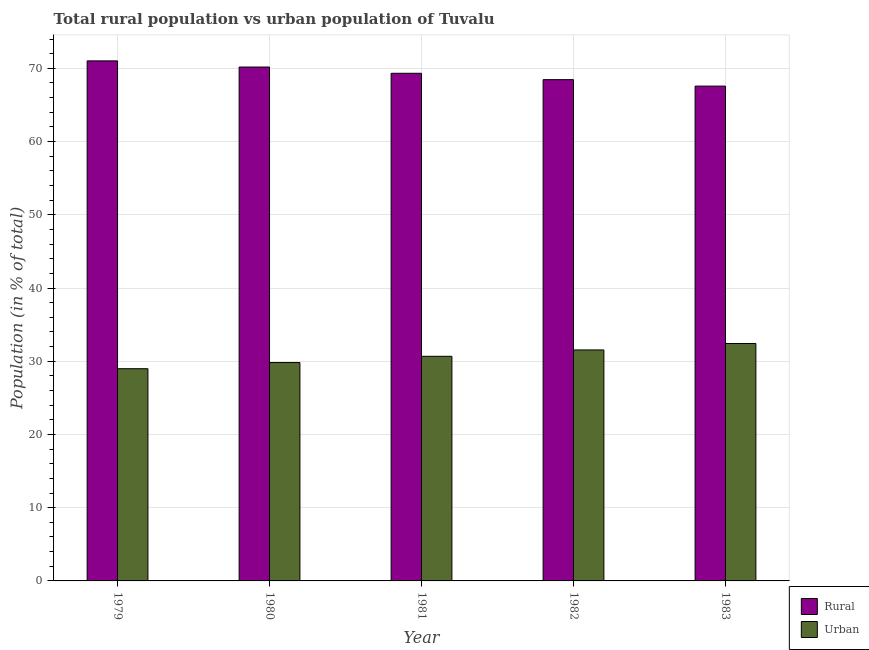
| Year | Rural | Urban |
 | --- | --- | --- |
 | 1979 | 71 | 29 |
 | 1980 | 70.2 | 29.8 |
 | 1981 | 69.3 | 30.7 |
 | 1982 | 68.5 | 31.5 |
 | 1983 | 67.6 | 32.4 |